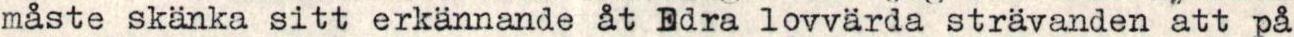
måste skänka sitt erkännande åt Edra lovvärda strävanden att på